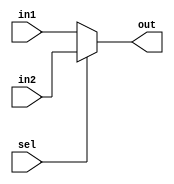
// multiplexers for pipeline stages
//`timescale 1ns/100ps
module mux (in1, in2, sel, out);
  input sel;
  input [1:0] in1, in2;
  output [1:0] out;

  assign out = (sel == 0) ? in1 : in2;
endmodule


module mux_3input (in1, in2, in3, sel, out);
  input [2:0] in1, in2, in3;
  input [1:0] sel;
  output [2:0] out;

  assign out = (sel == 2'd0) ? in1 : (sel == 2'd1) ? in2 : in3;
endmodule

module mux_control9bit (in1, in2, sel, out);
  input [8:0] in1, in2;
  input sel;
  output [8:0] out;

  assign out = (sel == 0) ? in1 : in2;
endmodule

module mux_2input5bit (in1, in2, sel, out);
  input [4:0] in1, in2;
  input sel;
  output [4:0] out;

  assign out = (sel == 0) ? in1 : in2;
endmodule

module mux_2input32bit (in1, in2, sel, out);
  input [31:0] in1, in2;
  input sel;
  output [31:0] out;

  assign out = (sel == 0) ? in1 : in2;
endmodule

module mux_3input32bit (in1, in2, in3, sel, out);
  input [31:0] in1, in2, in3;
  input [1:0] sel;
  output [31:0] out;

  assign out = (sel == 2'd0) ? in1 : (sel == 2'd1) ? in2 : in3;
endmodule